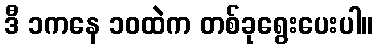
ဒီ ၁ကနေ ၁၀ထဲက တစ်ခုရွေးပေးပါ။